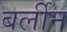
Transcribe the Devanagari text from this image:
बर्लीन